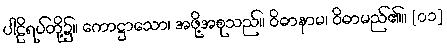
ပါဠိရပ်တို့၌။ ကောဋ္ဌာသော၊ အဖို့အစုသည်။ ဝိဓာနာမ၊ ဝိဓာမည်၏။ [၀၁]